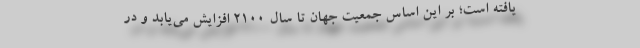
یافته است؛ بر این اساس جمعیت جهان تا سال 2100 افزایش می‌یابد و در